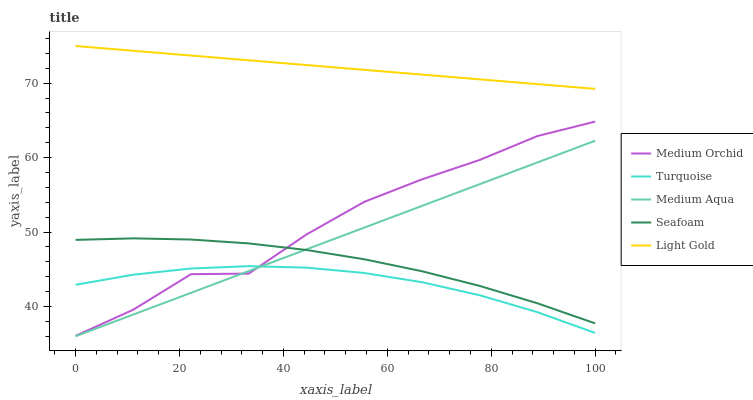
| xaxis_label | Medium Orchid | Turquoise | Medium Aqua | Seafoam | Light Gold |
 | --- | --- | --- | --- | --- | --- |
 | 0 | 36.1 | 42.9 | 36 | 48.9 | 75 |
 | 11.1 | 39.6 | 44.3 | 38.9 | 49.2 | 74.4 |
 | 22.2 | 44.3 | 45.1 | 41.8 | 49 | 73.7 |
 | 33.3 | 44.4 | 45.4 | 44.8 | 48.5 | 73.1 |
 | 44.4 | 49.7 | 45.2 | 47.7 | 47.6 | 72.4 |
 | 55.6 | 54.1 | 44.5 | 50.6 | 46.3 | 71.8 |
 | 66.7 | 57.1 | 43.3 | 53.5 | 44.7 | 71.2 |
 | 77.8 | 59.7 | 41.5 | 56.4 | 42.8 | 70.5 |
 | 88.9 | 62.9 | 39.2 | 59.4 | 40.4 | 69.9 |
 | 100 | 64.8 | 36.4 | 62.3 | 37.7 | 69.2 |